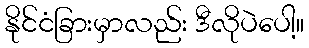
နိုင်ငံခြားမှာလည်း ဒီလိုပဲပေါ့။